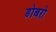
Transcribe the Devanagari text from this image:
डोबरो